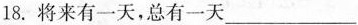
18.将来有一天，总有一天___